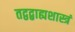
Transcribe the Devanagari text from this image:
तद्वद्बाह्यशास्त्रं